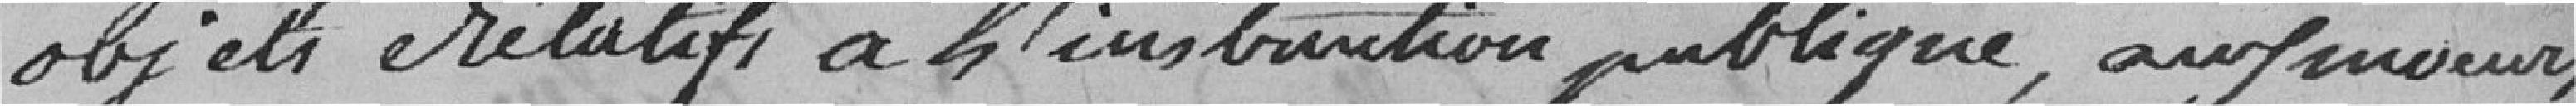
objets relatifs à l'instruction publique, aux moeurs,